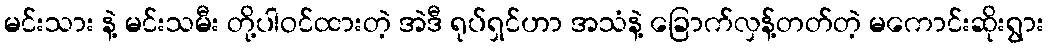
မင်းသား နဲ့ မင်းသမီး တို့ပါဝင်ထားတဲ့ အဲဒီ ရုပ်ရှင်ဟာ အသံနဲ့ ခြောက်လှန့်တတ်တဲ့ မကောင်းဆိုးရွား